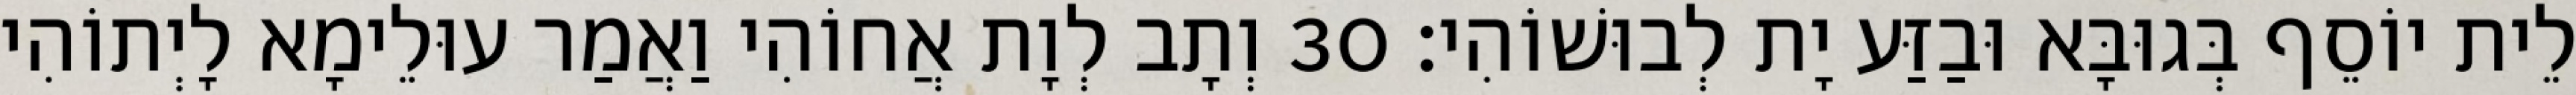
לֵית יוֹסֵף בְּגוּבָּא וּבַזַּע יָת לְבוּשׁוֹהִי׃ 30 וְתָב לְוָת אֲחוֹהִי וַאֲמַר עוּלֵימָא לָיְתוֹהִי